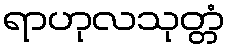
ရာဟုလသုတ္တံ